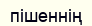
пішеннің